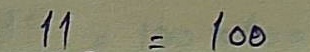
11 = 100